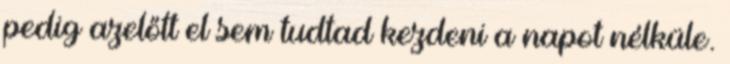
pedig azelőtt el sem tudtad kezdeni a napot nélküle.